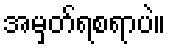
အမှတ်ရစရာပဲ။